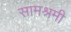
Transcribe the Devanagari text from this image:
सामश्रमी